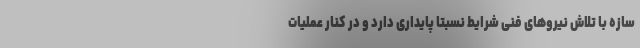
سازه با تلاش نیروهای فنی شرایط نسبتا پایداری دارد و در کنار عملیات